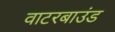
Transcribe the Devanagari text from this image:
वाटरबाउंड